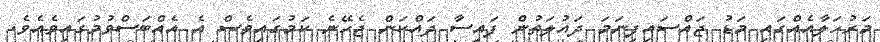
މަރުހަލާއެއްގައި މަޑު ޖައްސައިފިނަމަ ދައުލަތުން ފައިސާ ދައްކަން ޖެހޭނެ ކަމުގައިވެސް އެ އެއްބަސްވުމުގައިވެއެވެ.